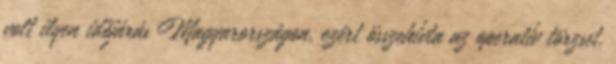
volt ilyen időjárás Magyarországon, ezért összehívta az operatív törzset,